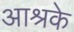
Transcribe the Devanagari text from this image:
आश्रके